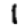
Digit: 1